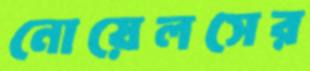
নোয়েলসের